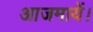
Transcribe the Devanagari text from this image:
आजमायें।